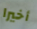
أخيرا